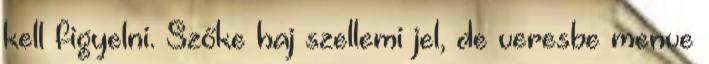
kell figyelni. Szőke haj szellemi jel, de veresbe menve